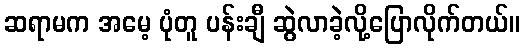
ဆရာမက အမေ့ ပုံတူ ပန်းချီ ဆွဲလာခဲ့လို့ပြောလိုက်တယ်။